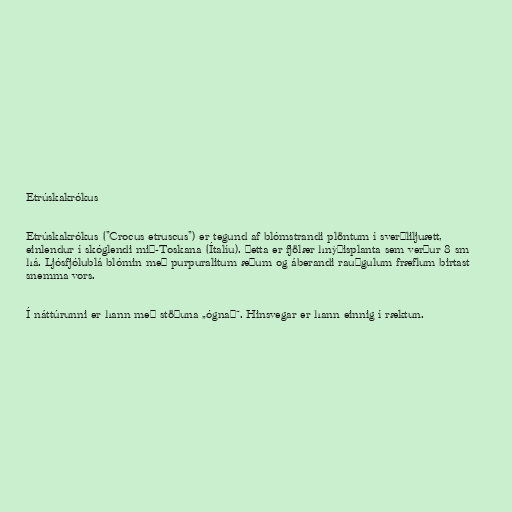
Etrúskakrókus

Etrúskakrókus ("Crocus etruscus") er tegund af blómstrandi plöntum í sverðliljuætt,
einlendur í skóglendi mið-Toskana (Ítalíu). Þetta er fjölær hnýðisplanta sem verður 8 sm
há. Ljósfjólublá blómin með purpuralitum æðum og áberandi rauðgulum fræflum birtast
snemma vors.

Í náttúrunni er hann með stöðuna „ógnað“. Hinsvegar er hann einnig í ræktun.